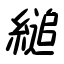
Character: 縋